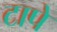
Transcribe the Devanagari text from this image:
टापे